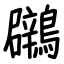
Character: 鸊